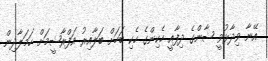
އޭނާ ވިދާޅުވީ ޝާންގެ ދިފާއީ ހެކިންގެ ހެކި ބަހަށް ބަލާއިރު އަފްރާޝީމަށް ހަމަލާދިން